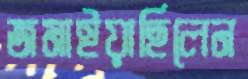
জমাইয়াছিলেন